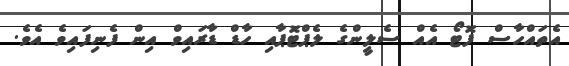
އެތައްހާސް ފޮޓޯ އެއް ސެލީންގެ ލެޕްޓޮޕާއި ހާޑް ޑާރައިވް އިން ފެނިފައިވެ އެވެ.